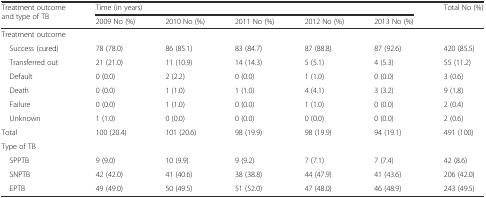
| <ROWSPAN=2> Treatment outcome and type of TB | <COLSPAN=5> Time (in years) | <ROWSPAN=2> Total No (%) |
 | 2009 No (%) | 2010 No (%) | 2011 No (%) | 2012 No (%) | 2013 No (%) |
 | --- | --- | --- | --- | --- | --- | --- |
 | Treatment outcome |  |  |  |  |  |  |
 | Success (cured) | 78 (78.0) | 86 (85.1) | 83 (84.7) | 87 (88.8) | 87 (92.6) | 420 (85.5) |
 | Transferred out | 21 (21.0) | 11 (10.9) | 14 (14.3) | 5 (5.1) | 4 (5.3) | 55 (11.2) |
 | Default | 0 (0.0) | 2 (2.2) | 0 (0.0) | 1 (1.0) | 0 (0.0) | 3 (0.6) |
 | Death | 0 (0.0) | 1 (1.0) | 1 (1.0) | 4 (4.1) | 3 (3.2) | 9 (1.8) |
 | Failure | 0 (0.0) | 1 (1.0) | 0 (0.0) | 1 (1.0) | 0 (0.0) | 2 (0.4) |
 | Unknown | 1 (1.0) | 0 (0.0) | 0 (0.0) | 0 (0.0) | 0 (0.0) | 2 (0.6) |
 | Total | 100 (20.4) | 101 (20.6) | 98 (19.9) | 98 (19.9) | 94 (19.1) | 491 (100) |
 | Type of TB |  |  |  |  |  |  |
 | SPPTB | 9 (9.0) | 10 (9.9) | 9 (9.2) | 7 (7.1) | 7 (7.4) | 42 (8.6) |
 | SNPTB | 42 (42.0) | 41 (40.6) | 38 (38.8) | 44 (47.9) | 41 (43.6) | 206 (42.0) |
 | EPTB | 49 (49.0) | 50 (49.5) | 51 (52.0) | 47 (48.0) | 46 (48.9) | 243 (49.5) |